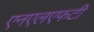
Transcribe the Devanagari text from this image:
एनएलएफटी